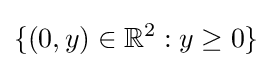
\{(0,y)\in \mathbb {R} ^{2}:y\geq 0\}